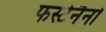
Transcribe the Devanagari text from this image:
फर्स्टनैनो